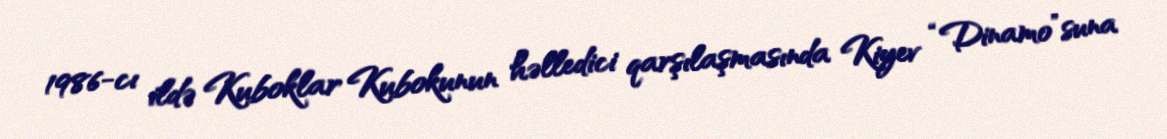
1986-cı ildə Kuboklar Kubokunun həlledici qarşılaşmasında Kiyev “Dinamo”suna